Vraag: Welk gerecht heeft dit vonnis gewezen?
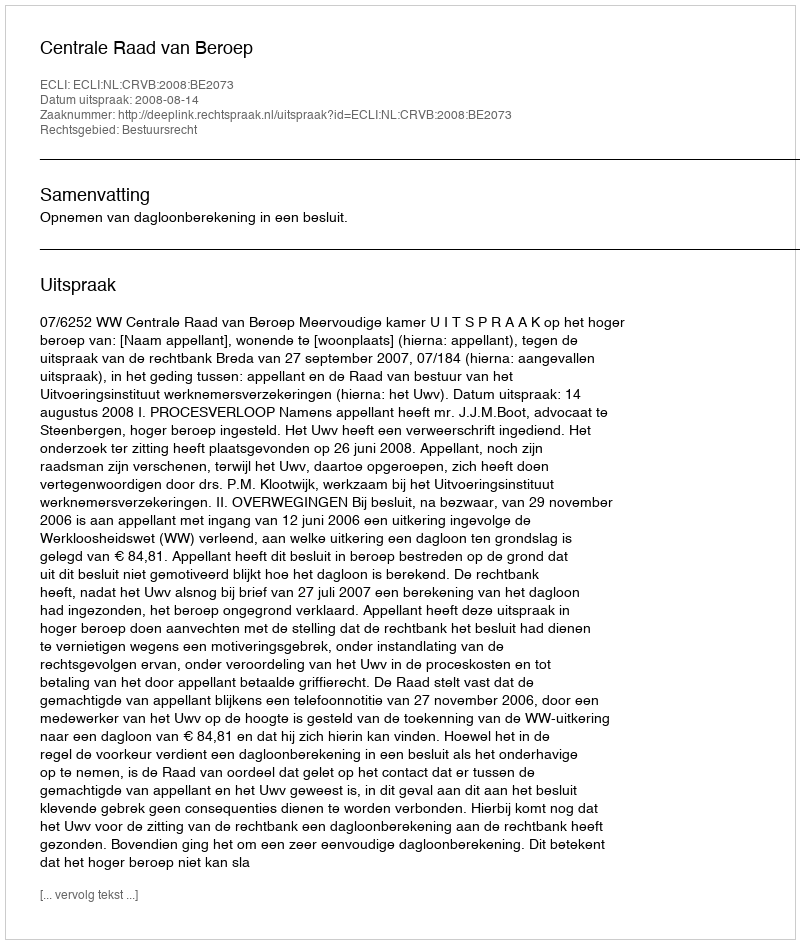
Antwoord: Centrale Raad van Beroep